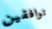
توافقين